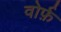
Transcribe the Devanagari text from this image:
वोर्फ़